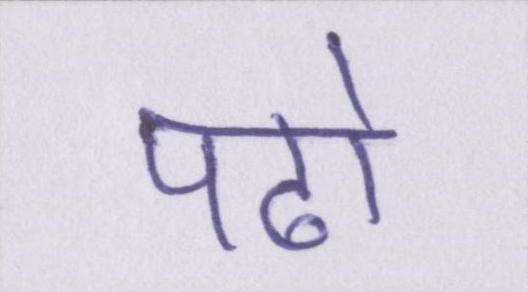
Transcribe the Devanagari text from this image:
पढो